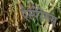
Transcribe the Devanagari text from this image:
ऐस्पेरेगस